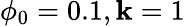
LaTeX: \phi_{0}=0.1,\mathbf{k}=1